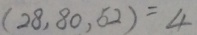
( 2 8 , 8 0 , 5 2 ) = 4